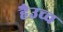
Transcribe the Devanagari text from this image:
हैउच्च